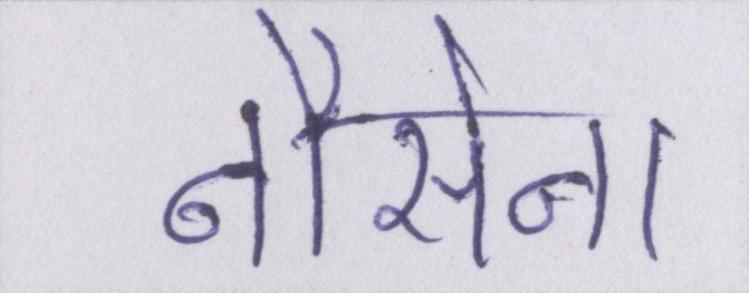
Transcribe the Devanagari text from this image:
नौसेना